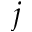
j